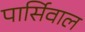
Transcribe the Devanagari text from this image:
पार्सिवाल